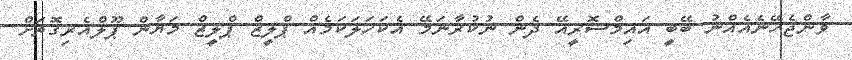
ވާންޖެހޭނެއެއްނު ބޭބީ އައިމްސޮރީއޭ ދެން ނުކުރާނަމޭ އެކަހަލަކަމެއް ޕްލީޒް ޕްލީޒް މަޔާން ޕޫލްއެރިގޮތަށް